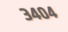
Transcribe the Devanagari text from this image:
३४०४